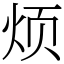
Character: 烦